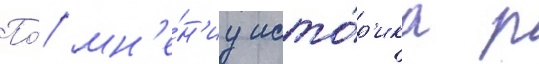
По́ мн'е́н'иу исто́р'ика р